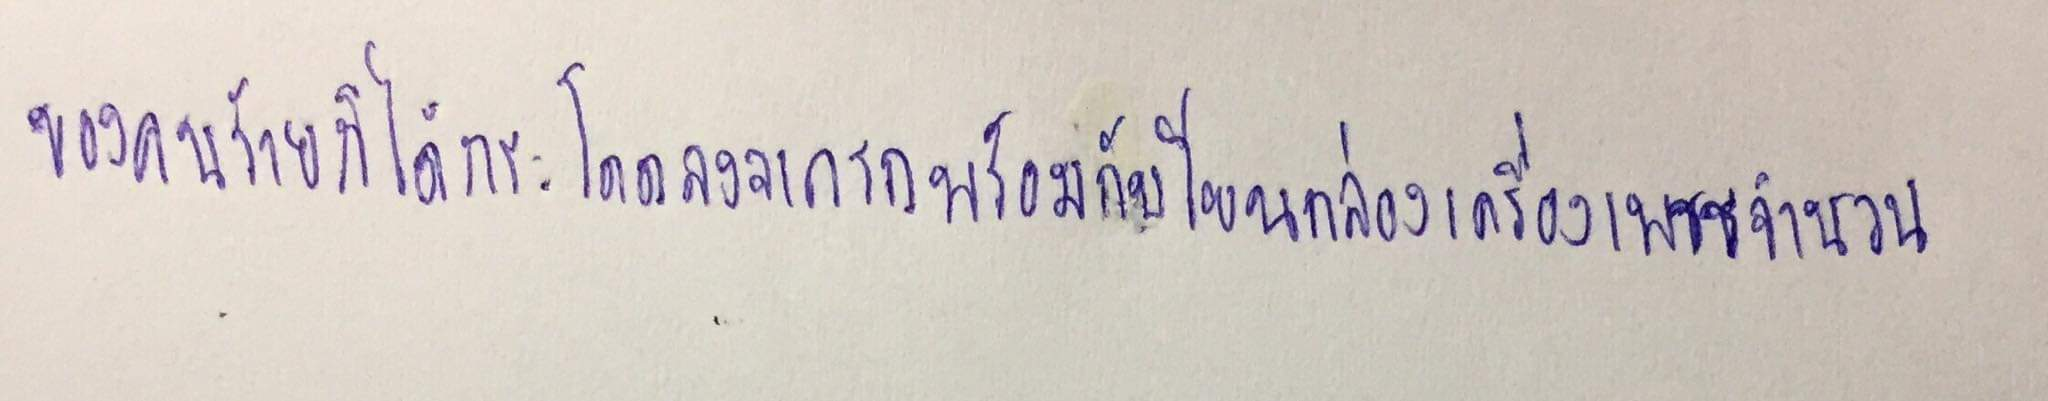
ของคนร้ายก็ได้กระโดดลงจากรถพร้อมกับโยนกล่องเครื่องเพชรจำนวน